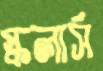
স্কলার্স